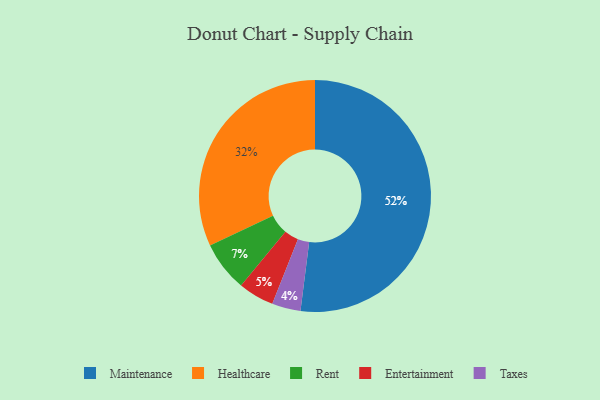
{"axis": {"x": "Category", "y": "Percentage"}, "legend": ["Entertainment", "Healthcare", "Maintenance", "Rent", "Taxes"], "data": [{"x": "Entertainment", "y": 5, "type": "Entertainment"}, {"x": "Healthcare", "y": 32, "type": "Healthcare"}, {"x": "Taxes", "y": 4, "type": "Taxes"}, {"x": "Rent", "y": 7, "type": "Rent"}, {"x": "Maintenance", "y": 52, "type": "Maintenance"}]}